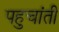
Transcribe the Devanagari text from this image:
पहुचांती